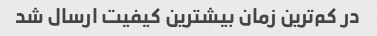
در کم‌ترین زمان بیشترین کیفیت ارسال شد